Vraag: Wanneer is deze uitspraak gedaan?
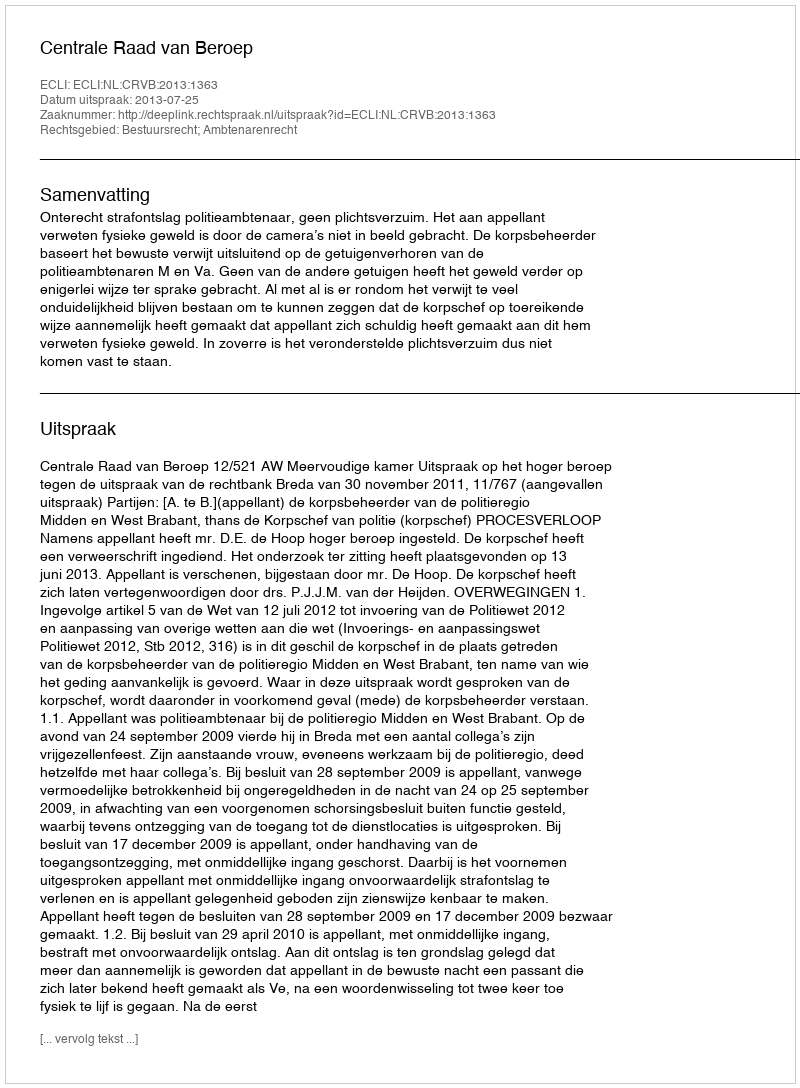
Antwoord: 2013-07-25